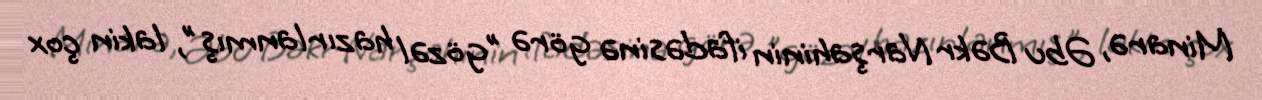
Minarə, Əbu Bəkr Narşahinin ifadəsinə görə "gözəl hazırlanmış", lakin çox